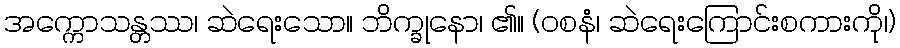
အက္ကောသန္တဿ၊ ဆဲရေးသော။ ဘိက္ခုနော၊ ၏။ (ဝစနံ၊ ဆဲရေးကြောင်းစကားကို၊)